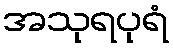
အသုရပုရံ